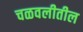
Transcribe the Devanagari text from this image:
चळवलीतील